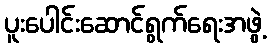
ပူးပေါင်းဆောင်ရွက်ရေးအဖွဲ့